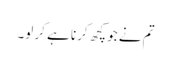
تم نے جو کچھ کرنا ہے کر لو۔